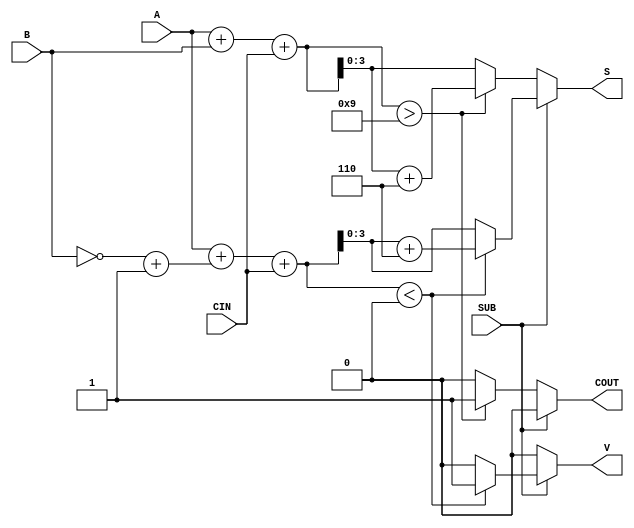
module BCD_Add_Subtracter (
    input  wire [3:0] A,    // First BCD digit
    input  wire [3:0] B,    // Second BCD digit
    input  wire SUB,        // Control signal for addition (0) or subtraction (1)
    input  wire CIN,        // Carry-in (0 for addition)
    output reg  [3:0] S,    // Resulting BCD digit
    output reg  COUT,       // Carry-out
    output reg  V           // Overflow flag for invalid BCD in subtraction
);

    wire [4:0] sum;         // Sum for addition and subtraction
    wire [3:0] B_comp;      // 9's complement of B

    // Calculate the 9's complement of B
    assign B_comp = ~B + 4'b0001;

    always @(*) begin
        if (SUB == 0) begin  // Addition
            sum = A + B + CIN; // Perform binary addition
            if (sum > 4'b1001) begin
                S = sum + 4'b0110; // BCD correction
                COUT = 1;           // Set carry-out
            end else begin
                S = sum;            // No correction needed
                COUT = 0;           // No carry-out
            end
            V = 0; // No overflow in addition
        end else begin  // Subtraction
            sum = A + B_comp + CIN; // A + (9's complement of B) + CIN
            if (sum < 5'b00000) begin
                S = sum + 4'b0110; // BCD correction
                V = 1;             // Set overflow flag
            end else begin
                S = sum[3:0];      // Valid BCD result
                V = 0;             // No overflow
            end
            COUT = 0; // No carry-out for subtraction
        end
    end

endmodule